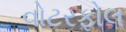
વોટરફોલ